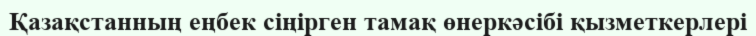
Қазақстанның еңбек сіңірген тамақ өнеркәсібі қызметкерлері